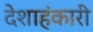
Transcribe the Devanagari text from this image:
देशाहंकारी